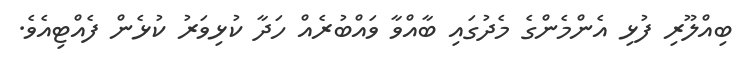
ބިއްލޫރި ފުޅި އެންމެންގެ މެދުގައި ބާއްވާ ވައްބުރެއް ހަދާ ކުޅިވަރު ކުޅެން ފެއްޓިއެވެ.